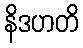
နိဒဟတိ